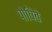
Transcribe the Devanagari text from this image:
पोषिबे